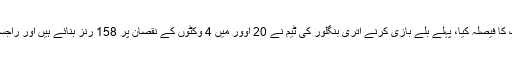
راجستھان رائلس نے ٹاس جیتا اور پہلے بولنگ کا فیصلہ کیا، پہلے بلے بازی کرنے اتری بنگلور کی ٹیم نے 20 اوور میں 4 وکٹوں کے نقصان پر 158 رنز بنائے ہیں اور راجستھان رائلس کے سامنے 159 رنز کا ہدف دیا۔